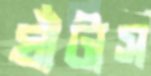
ঘাঁটাস